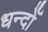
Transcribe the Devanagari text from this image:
धन्दोँ